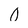
Character: 0